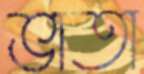
ভাতা